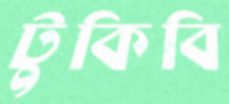
টুকিবি